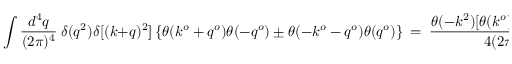
\int { \frac { d ^ { 4 } q } { ( 2 \pi ) ^ { 4 } } } \ \delta ( q ^ { 2 } ) \delta [ ( k + q ) ^ { 2 } ] \left\{ \theta ( k ^ { o } + q ^ { o } ) \theta ( - q ^ { o } ) \pm \theta ( - k ^ { o } - q ^ { o } ) \theta ( q ^ { o } ) \right\} \ = \ { \frac { \theta ( - k ^ { 2 } ) [ \theta ( k ^ { o } ) \pm \theta ( - k ^ { o } ) ] } { 4 ( 2 \pi ) ^ { 3 } } } ,